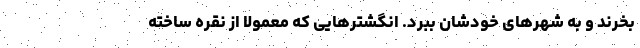
بخرند و به شهرهای خودشان ببرد. انگشترهایی که معمولا از نقره ساخته